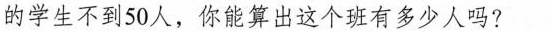
的学生不到50人，你能算出这个班有多少人吗?